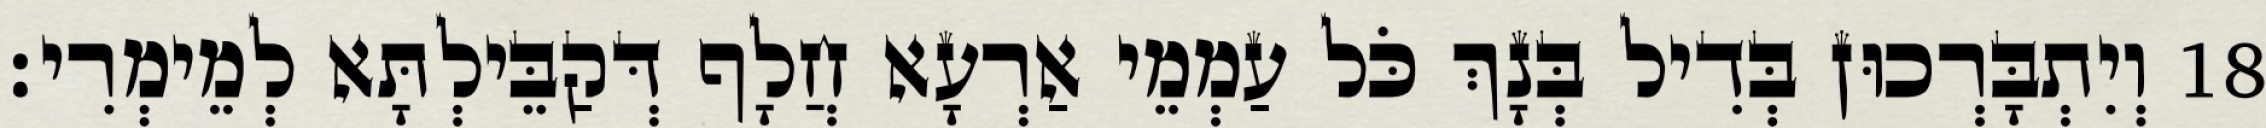
18 וְיִתְבָּרְכוּן בְּדִיל בְּנָךְ כֹּל עַמְמֵי אַרְעָא חֲלָף דְּקַבֵּילְתָּא לְמֵימְרִי׃